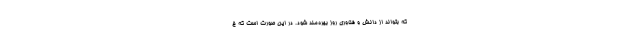
که بتواند از دانش و فناوری روز بهره‌مند شود. در این صورت است که خ